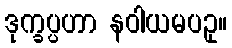
ဒုက္ခပ္ပဟာ နဝါယမပဥှ။